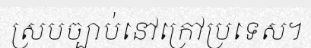
ស្របច្បាប់នៅក្រៅប្រទេស។